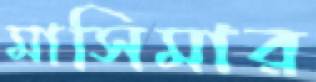
মাসিমার